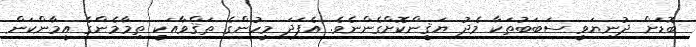
ބޮޑަށް ދުނިޔަވީ ސަބަބުތަކާ މެދު ޔަޤީންކޮށްގެންނެވެ. އެފަދަ މީހުންގެ ތަޤްވާއަކީ ތިމާމެންގެ އީމާންކަން